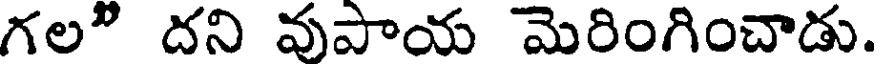
గల" దని వుపాయ మెరింగించాడు.